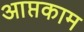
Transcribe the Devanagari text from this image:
आप्तकाम